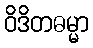
ဝိဒိတဓမ္မာ